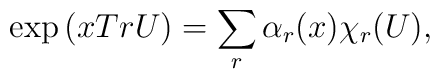
\exp \left( x Tr U \right) = \sum_r \alpha_r(x) \chi_r (U),